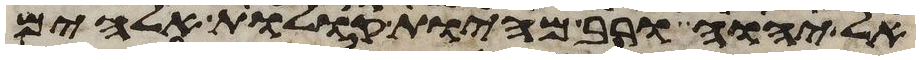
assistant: אל יהוה ורב מהיות קולות אלהים